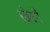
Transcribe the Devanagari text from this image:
स्क्रेटरी